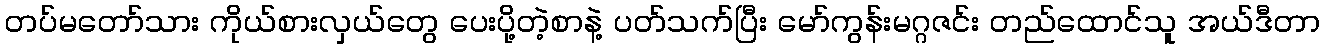
တပ်မတော်သား ကိုယ်စားလှယ်တွေ ပေးပို့တဲ့စာနဲ့ ပတ်သက်ပြီး မော်ကွန်းမဂ္ဂဇင်း တည်ထောင်သူ အယ်ဒီတာ